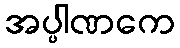
အပ္ပါဏကေ